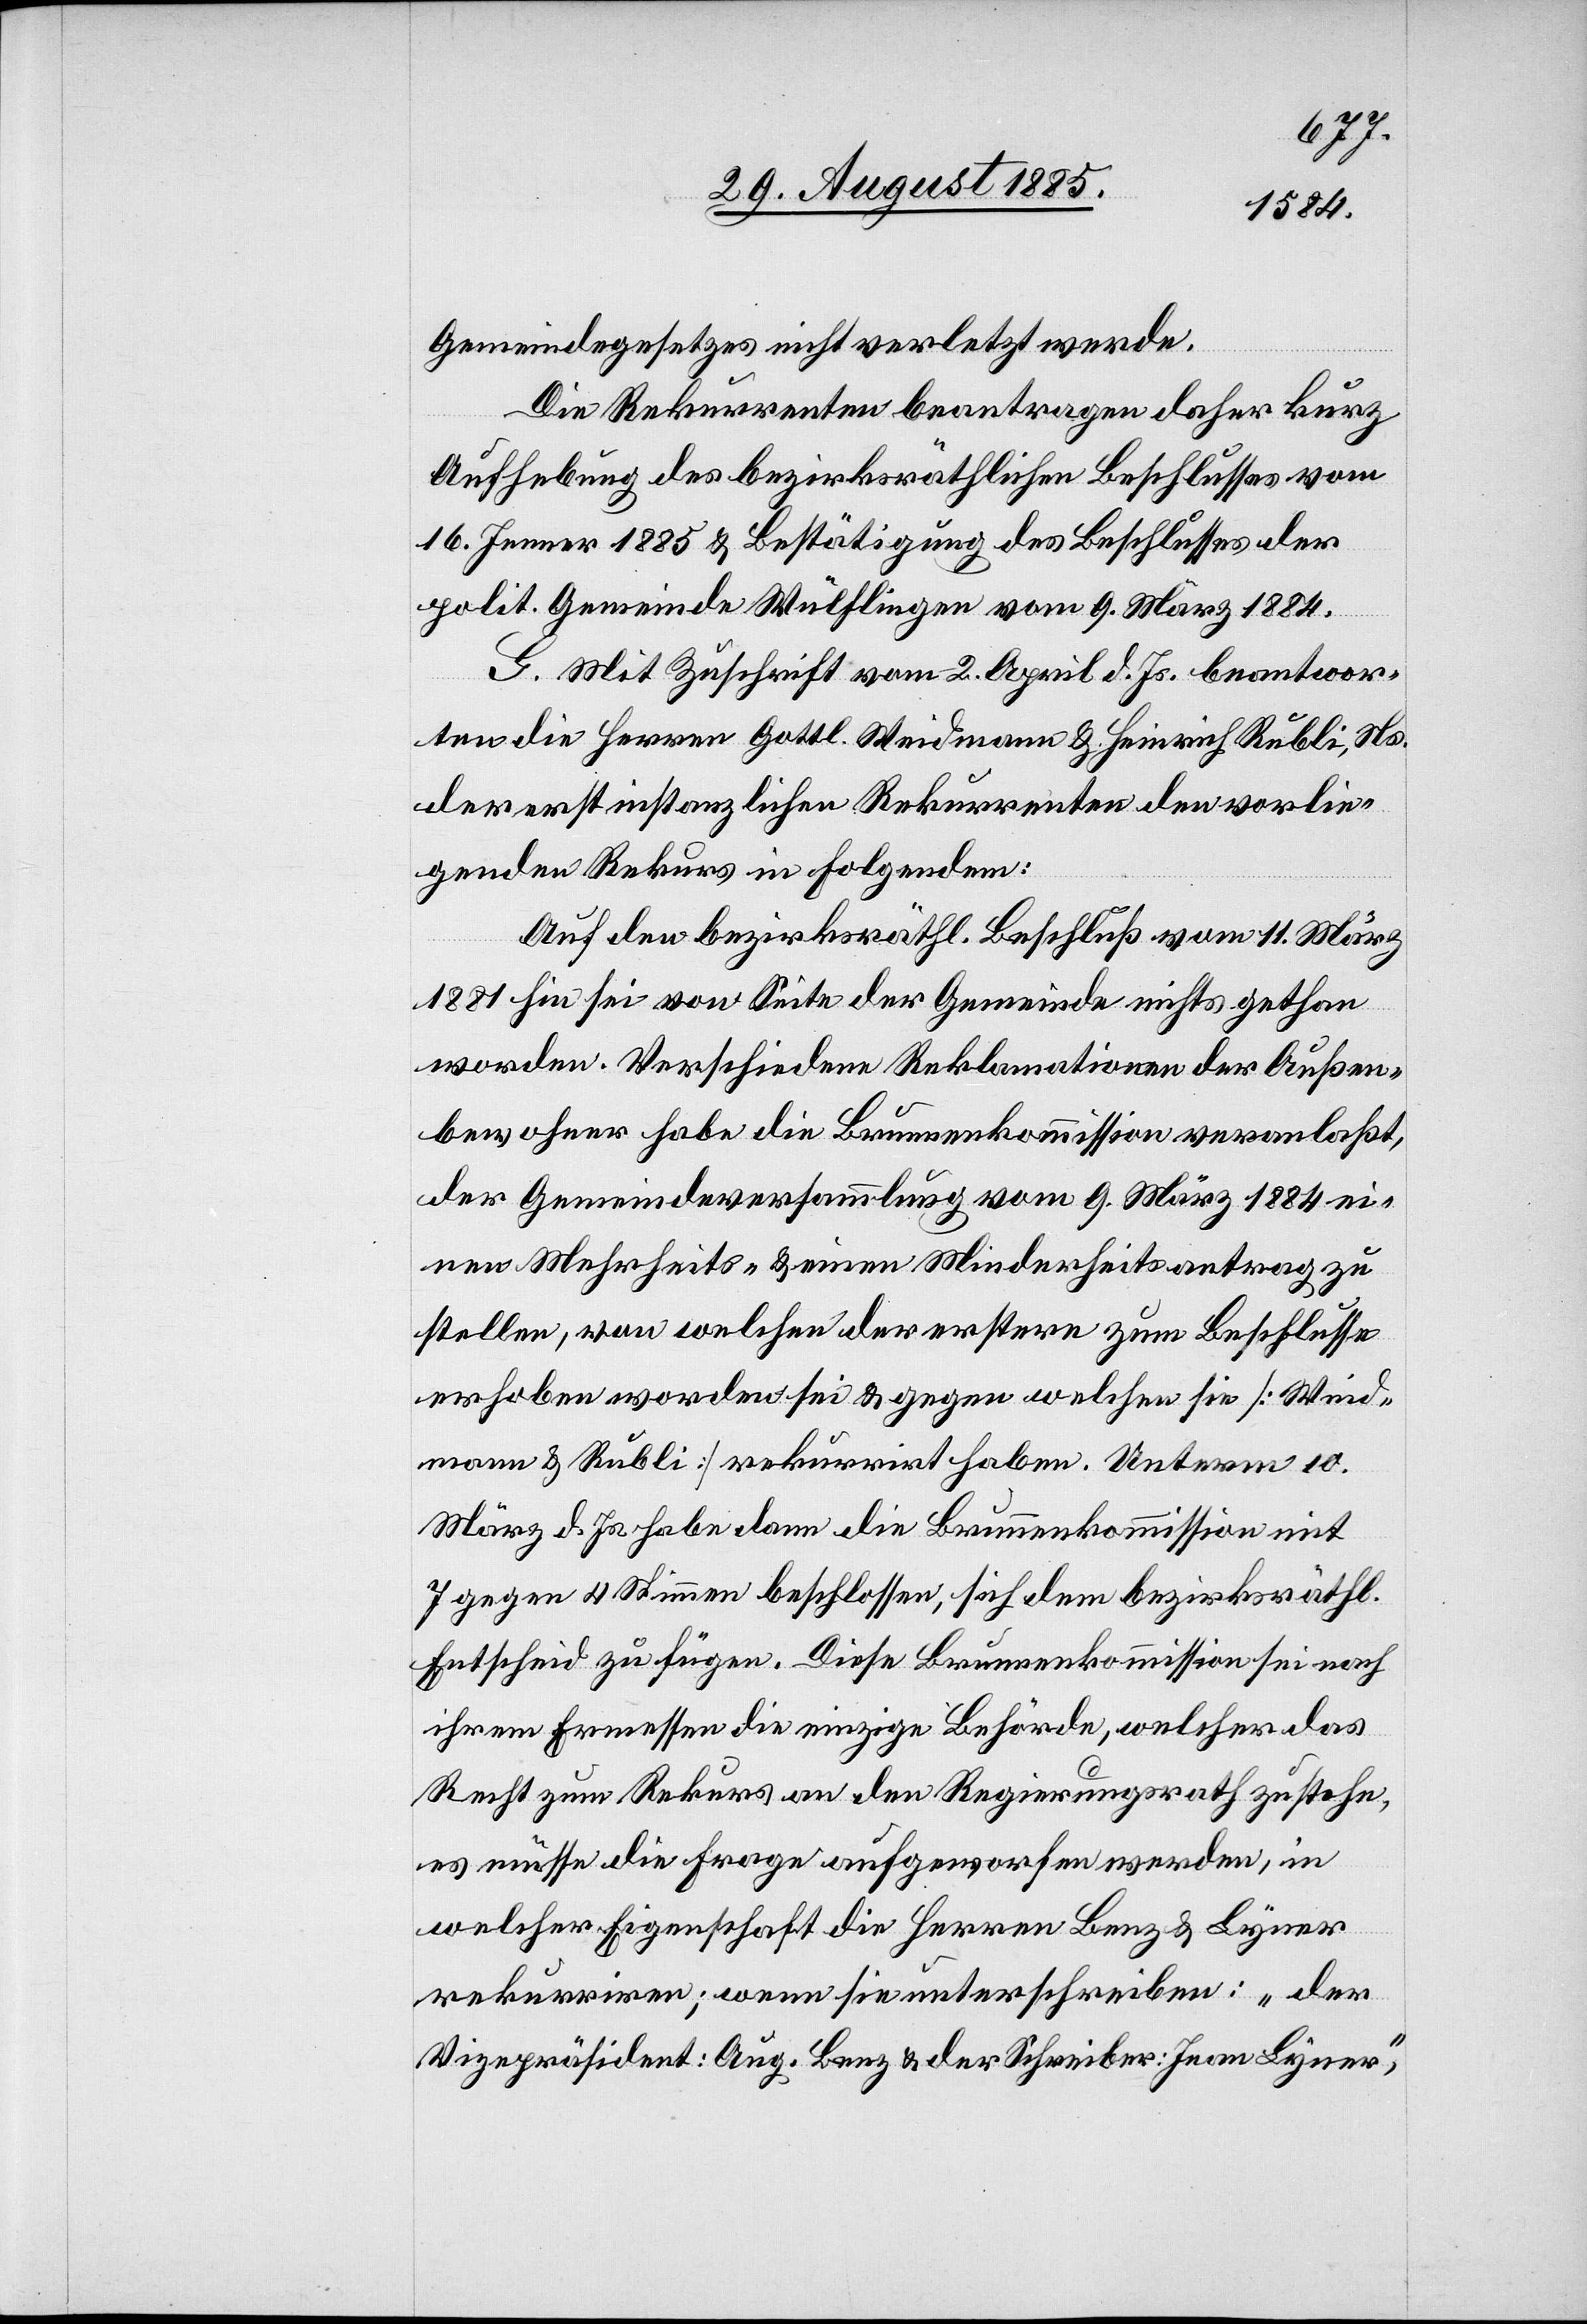
Gemeindegesetzes nicht verletzte werde.
Die Rekurrenten beantragen daher kurz
Aufhebung des bezirksräthlichen Beschlusses vom
16. Jenner 1885 & Bestätigung des Beschlusses der
polit. Gemeinde Wülflingen vom 9. März 1884.
G. Mit Zuschrift vom 2. April d. Js. beantwor¬
ten die Herren Gottl. Weidmann & Heinrich Rubli, Ns.
der erstinstanzlichen Rekurrenten den vorlie¬
genden Rekurs in Folgendem:
Auf den bezirksräthl. Beschluß vom 11. März
1881 hin sei von Seite der Gemeinde nichts gethan
worden. Verschiedene Reklamationen der Außen¬
bewohner habe die Brunnenkommission veranlaßt,
der Gemeindeversammlung vom 9. März 1884 ei¬
nen Mehrheits- & einen Minderheitsantrag zu
stellen, von welchen der erstere zum Beschlusse
erhoben worden sei & gegen welchen sie [Weid¬
mann & Rubli] rekurrirt haben. Unterm 10.
März d. Js. habe dann die Brunnenkommission mit
7 gegen 4 Stimmen beschlossen, sich dem bezirksräthl.
Entscheid zu fügen. Diese Brunnenkommission sei nach
ihrem Ermessen die einzige Behörde, welcher das
Recht zum Rekurs an den Regierungsrath zustehe,
es müsse die Frage aufgeworfen werden, in
welcher Eigenschaft die Herren Benz & Lyner
rekurriren; wenn sie unterschreiben: „der
Vizepräsident: Aug. Benz & der Schreiber: Jean Lyner“,